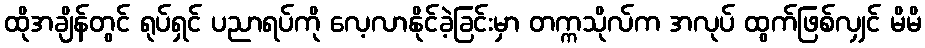
ထိုအချိန်တွင် ရုပ်ရှင် ပညာရပ်ကို လေ့လာနိုင်ခဲ့ခြင်းမှာ တက္ကသိုလ်က အလုပ် ထွက်ဖြစ်လျှင် မိမိ